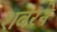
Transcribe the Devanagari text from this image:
शवरने